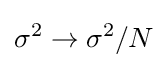
\sigma ^{2}\rightarrow \sigma ^{2}/N